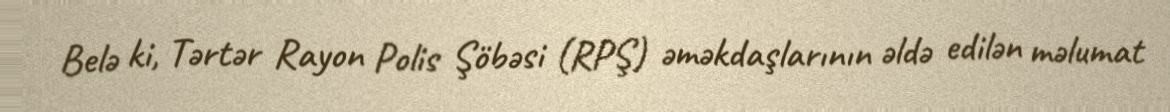
Belə ki, Tərtər Rayon Polis Şöbəsi (RPŞ) əməkdaşlarının əldə edilən məlumat